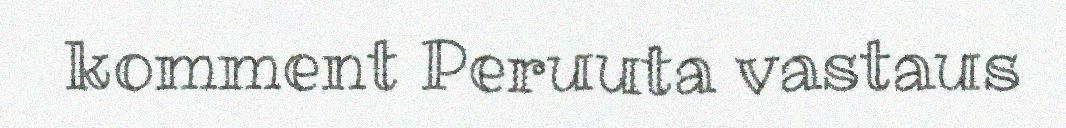
komment Peruuta vastaus